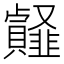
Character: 䪥